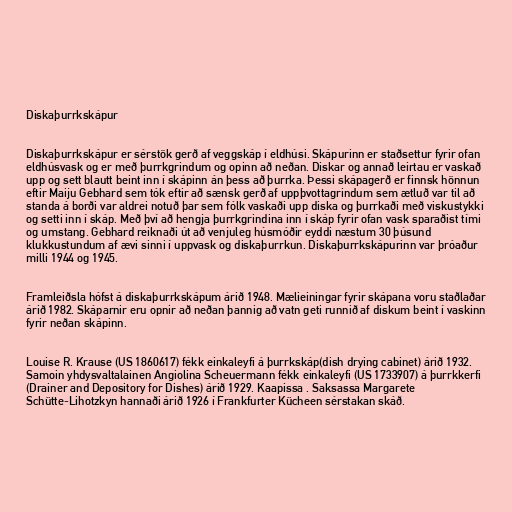
Diskaþurrkskápur

Diskaþurrkskápur er sérstök gerð af veggskáp í eldhúsi. Skápurinn er staðsettur fyrir ofan
eldhúsvask og er með þurrkgrindum og opinn að neðan. Diskar og annað leirtau er vaskað
upp og sett blautt beint inn í skápinn án þess að þurrka. Þessi skápagerð er finnsk hönnun
eftir Maiju Gebhard sem tók eftir að sænsk gerð af uppþvottagrindum sem ætluð var til að
standa á borði var aldrei notuð þar sem fólk vaskaði upp diska og þurrkaði með viskustykki
og setti inn í skáp. Með því að hengja þurrkgrindina inn í skáp fyrir ofan vask sparaðist tími
og umstang. Gebhard reiknaði út að venjuleg húsmóðir eyddi næstum 30 þúsund
klukkustundum af ævi sinni í uppvask og diskaþurrkun. Diskaþurrkskápurinn var þróaður
milli 1944 og 1945.

Framleiðsla hófst á diskaþurrkskápum árið 1948. Mælieiningar fyrir skápana voru staðlaðar
árið 1982. Skáparnir eru opnir að neðan þannig að vatn geti runnið af diskum beint í vaskinn
fyrir neðan skápinn.

Louise R. Krause (US 1860617) fékk einkaleyfi á þurrkskáp(dish drying cabinet) árið 1932.
Samoin yhdysvaltalainen Angiolina Scheuermann fékk einkaleyfi (US 1733907) á þurrkkerfi
(Drainer and Depository for Dishes) árið 1929. Kaapissa . Saksassa Margarete
Schütte-Lihotzkyn hannaði árið 1926 í Frankfurter Kücheen sérstakan skáð.